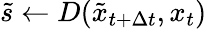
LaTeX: \tilde{s}\gets D(\tilde{x}_{t+\Delta t},x_{t})